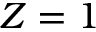
Z = 1